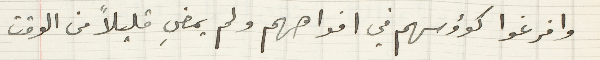
وافرغوا كؤوسهم في افواههم ولم يمضِ قليلاً من الوقت